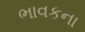
ભાવકના